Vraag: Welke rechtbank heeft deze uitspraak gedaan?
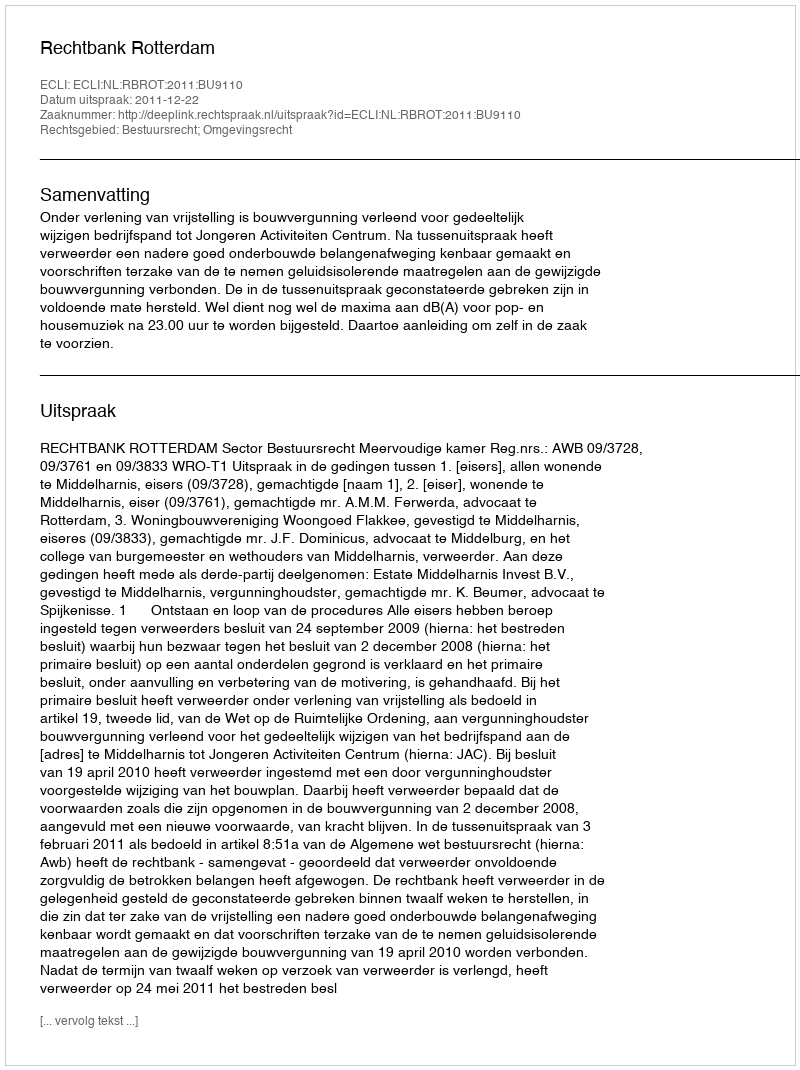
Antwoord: Rechtbank Rotterdam